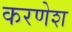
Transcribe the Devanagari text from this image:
करणेश